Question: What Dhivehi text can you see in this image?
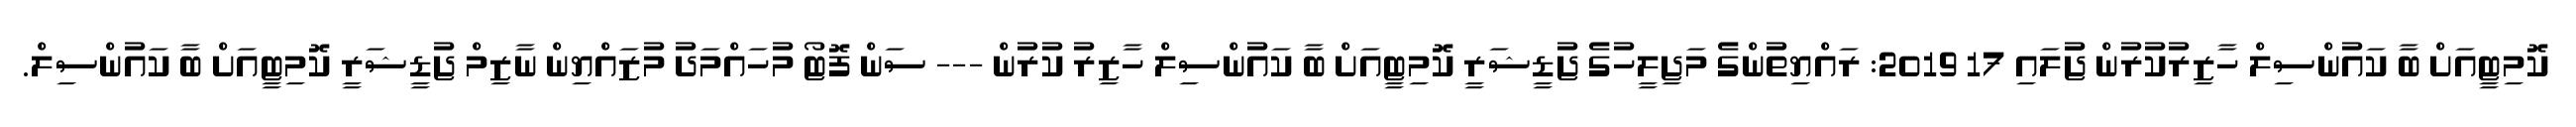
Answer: ކޮމިޓީއަށް ބާ ކައުންސިލް ހާޒިރުކުރުން ޖުަލައި 17 2019: ރައްޔިތުންގެ މަޖިލީހުގެ ޖުޑީޝަރީ ކޮމިޓީއަށް ބާ ކައުންސިލް ހާޒިރު ކުރުން --- ސަން ފޮޓޯ މުހައްމަދު މުޒައްޔިން ނާޒިމް ޖުޑީޝަރީ ކޮމިޓީއަށް ބާ ކައުންސިލް.